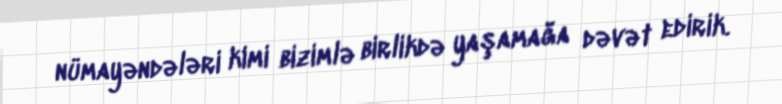
nümayəndələri kimi bizimlə birlikdə yaşamağa dəvət edirik.